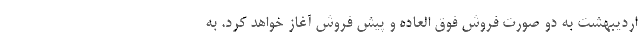
اردیبهشت به دو صورت فروش فوق العاده و پیش فروش آغاز خواهد کرد. به